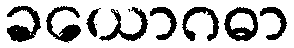
ခယောဂဓာ